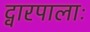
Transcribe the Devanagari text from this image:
द्वारपालाः